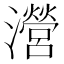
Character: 瀯